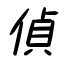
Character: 偵